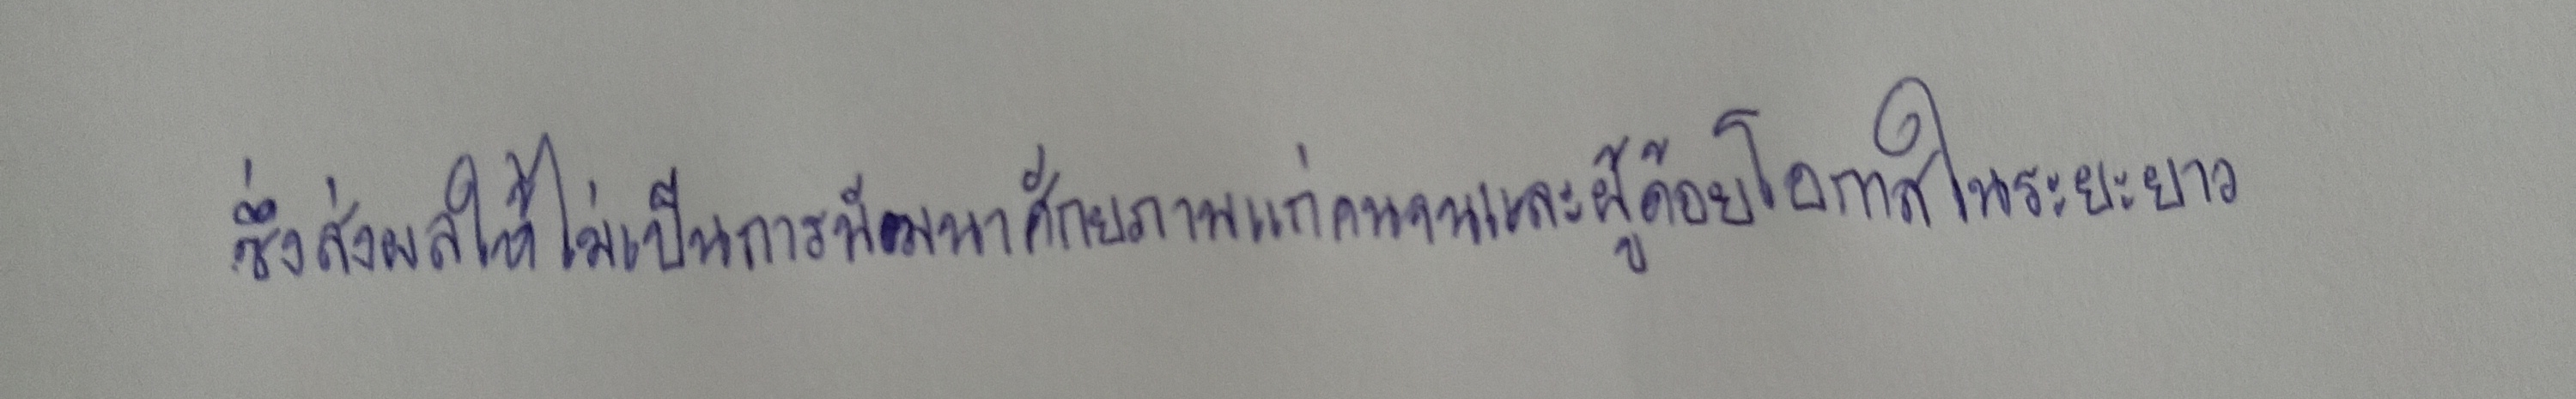
ซึ่งส่งผลให้ไม่เป็นการพัฒนาศักยภาพแก่คนจนและผู้ด้อยโอกาสในระยะยาว